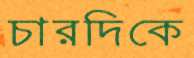
চারদিকে